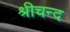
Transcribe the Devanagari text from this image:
श्रीचन्द